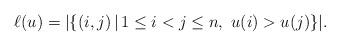
LaTeX: \begin{align*}\ell(u)=|\{(i,j)\,|\, 1\leq i<j\leq n,\ u(i)>u(j)\}|.\end{align*}